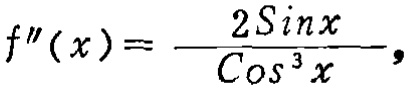
\[f''(x)=\frac{2\sin x}{\cos^{3}x},\]